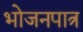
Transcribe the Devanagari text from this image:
भोजनपात्र